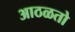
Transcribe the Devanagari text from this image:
आठळतो